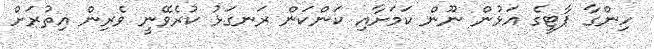
ހިންގާ ޕާޓީގެ އަޅުން ނޫން ކަމަށާއި ކަންކަން ރަނގަޅު ކުރެވޭނީ ވެރިން އިތުރަށް